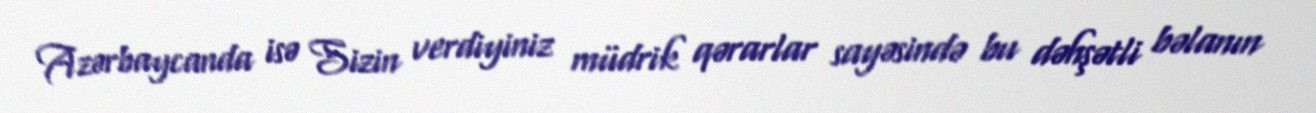
Azərbaycanda isə Sizin verdiyiniz müdrik qərarlar sayəsində bu dəhşətli bəlanın